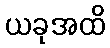
ယခုအထိ